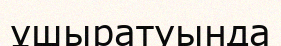
ұшыратуында